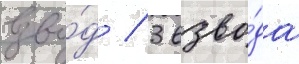
взво́д / 3 взво́да